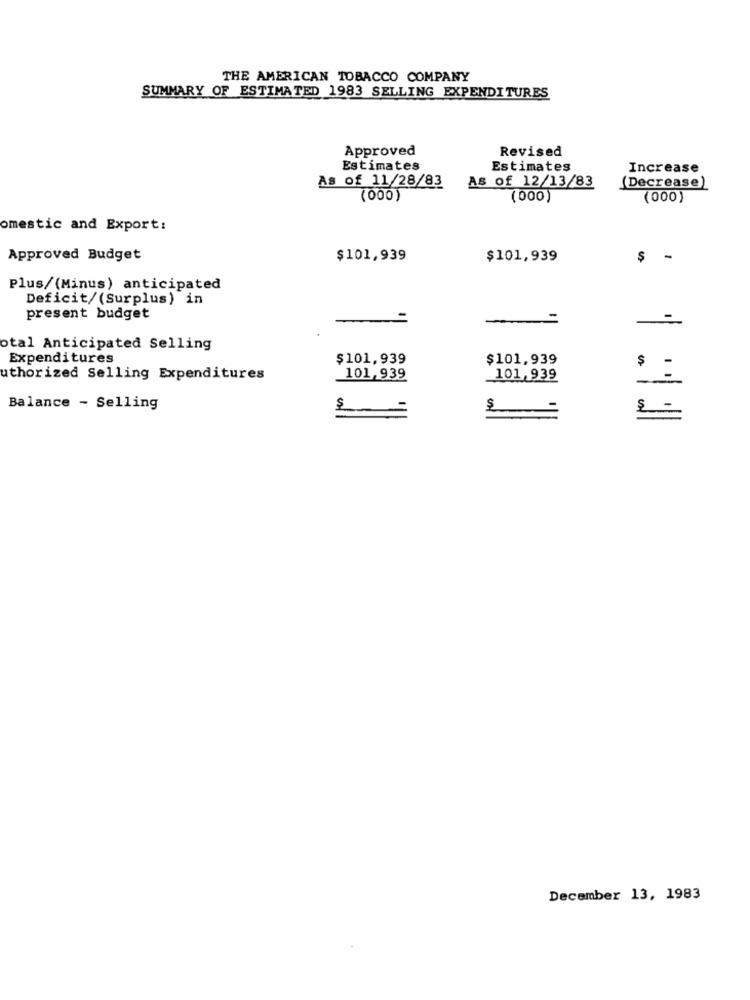
THE AMERICAN TOBACCO COMPANY
SUMMARY OF ESTIMATED 1983 SELLING EXPENDITURES
Approved
Revised
Estimates
Estimates
Increase
As of 11/28/83
As of 12/13/83
(Decrease)
(000)
(000)
(000)
omestic and Export:
Approved Budget
$101,939
$101,939
Plus/(Minus) anticipated
Deficit/(Surplus) in
present budget
-=
otal Anticipated Selling
Expenditures
$101,939
$101.939
$
uthorized Selling Expenditures
101,939
101,939
Balance - Selling
December 13, 1983